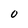
Character: 0